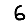
Digit: 6